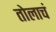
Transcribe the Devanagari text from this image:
तोलाचं